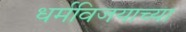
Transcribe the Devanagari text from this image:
धर्मविजयाच्या